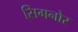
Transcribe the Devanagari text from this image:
सिगनोर